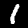
Label: 1